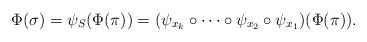
LaTeX: \begin{align*}\Phi(\sigma)=\psi_{S}(\Phi(\pi))=(\psi_{x_{k}}\circ\cdots\circ\psi_{x_{2}}\circ\psi_{x_{1}})(\Phi(\pi)).\end{align*}